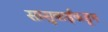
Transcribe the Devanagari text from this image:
सासुबाईंकडून